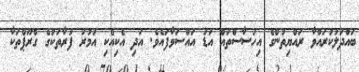
ބައްދަލުކުރައްވާ ރައްޔިތުންގެ އިހުސާސްތައް އަޑު އައްސަވާފައެވެ. އަދި އެކިއެކި އުމުރު ފުރާތަކުގެ ގްރޫޕްތަކާ